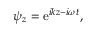
\begin{array} { r } { \psi _ { z } = \mathrm { e } ^ { i k z - i \omega t } , } \end{array}